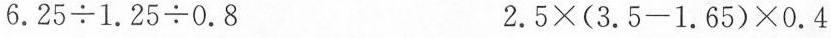
6.25÷1.25÷0.8 2.5×(3.5-1.65)×0.4